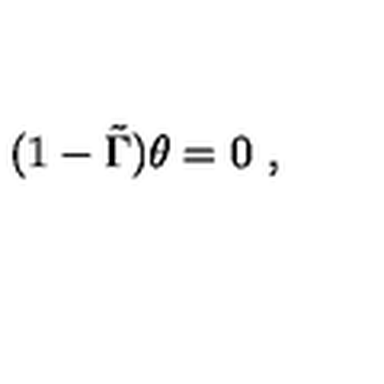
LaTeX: ( 1 - \tilde { \Gamma } ) \theta = 0 \ ,